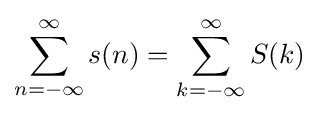
\sum _{n=-\infty }^{\infty }s(n)=\sum _{k=-\infty }^{\infty }S(k)